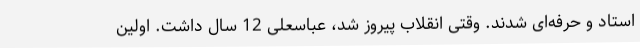
استاد و حرفه‌ای شدند. وقتی انقلاب پیروز شد، عباسعلی 12 سال داشت. اولین